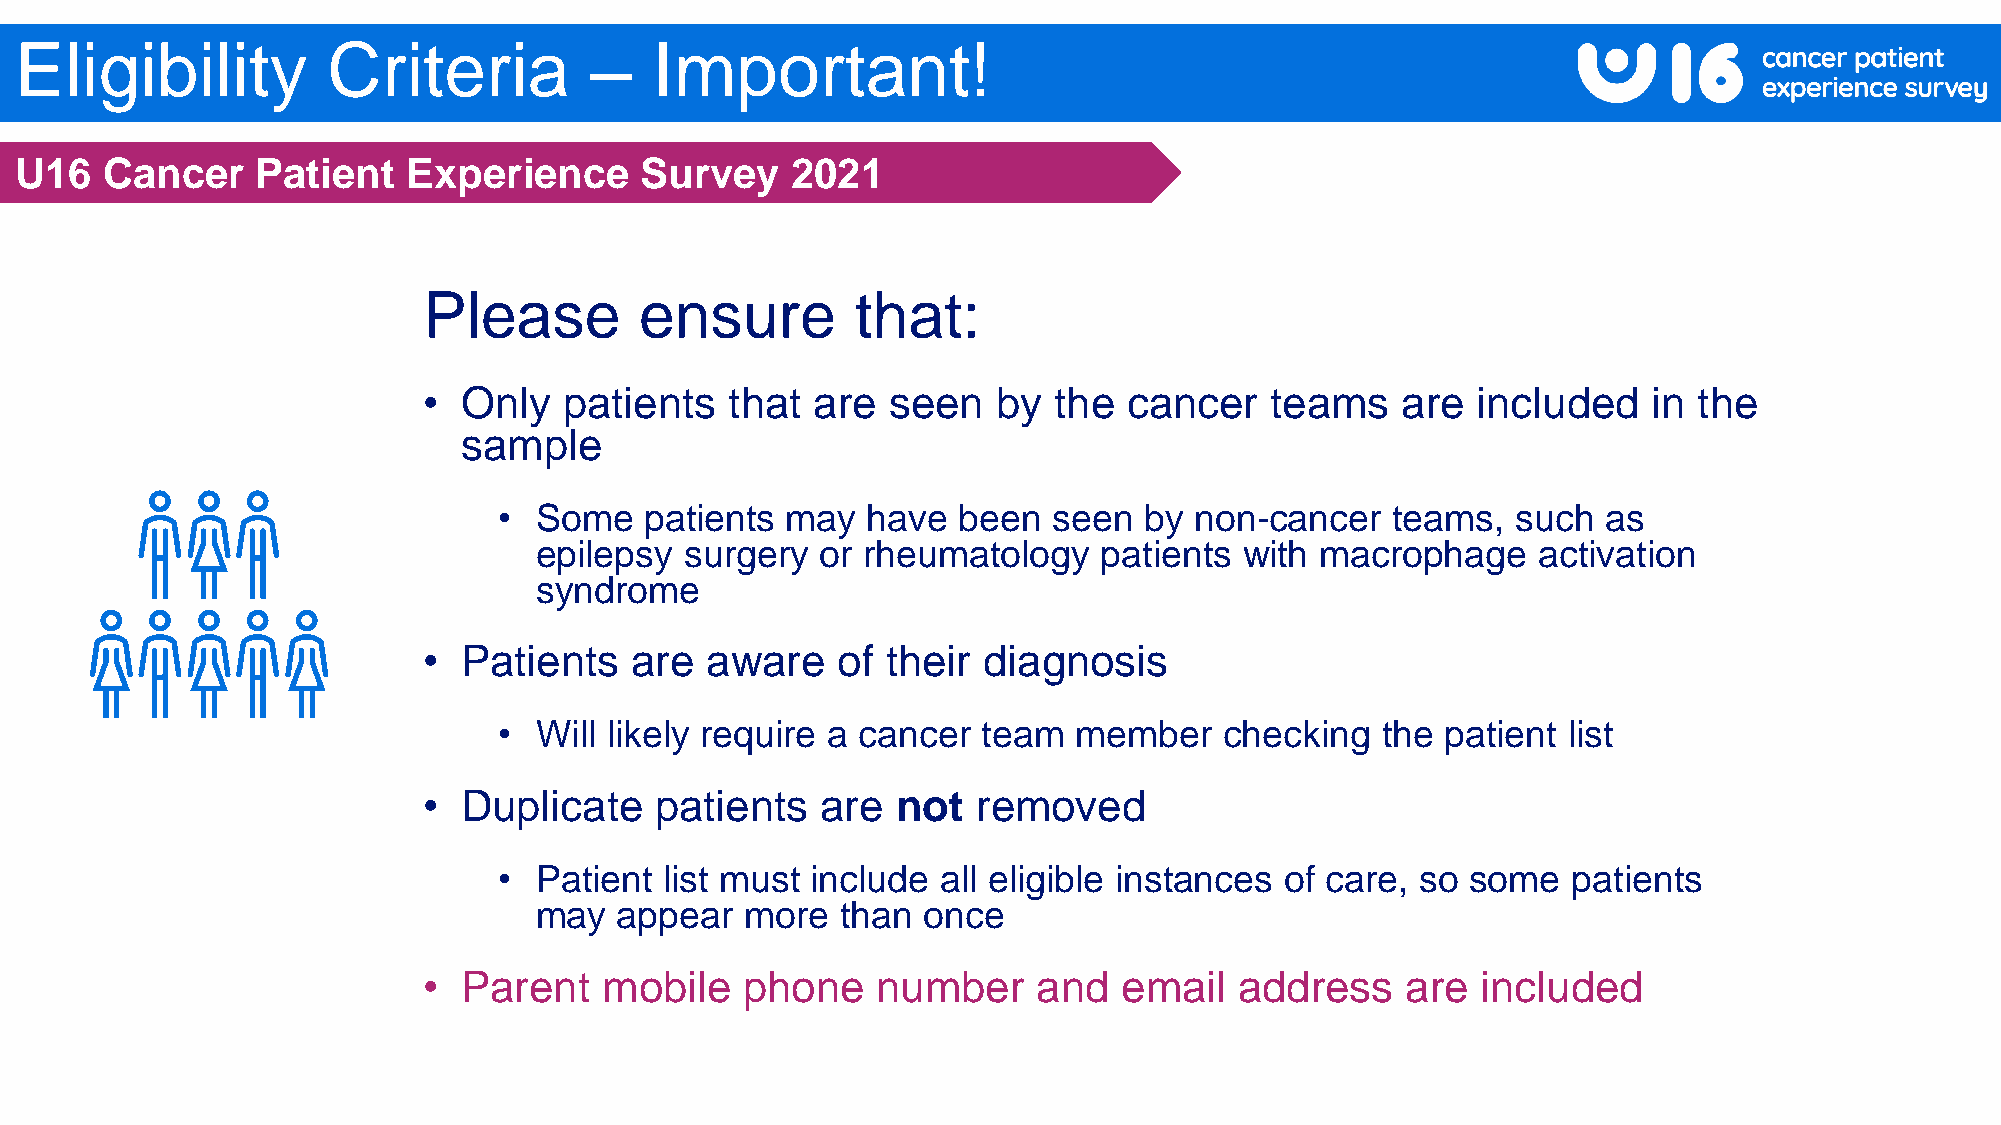
Eligibility          Criteria         –   Important!
 U16   Cancer    Patient   Experience     Survey    2021
 Please        ensure         that:
 •  Only  patients   that  are  seen   by  the  cancer   teams    are  included   in the
 sample
 • Some    patients may  have  been   seen  by non-cancer   teams,  such  as
 epilepsy  surgery  or rheumatology    patients with macrophage     activation
 syndrome
 •  Patients   are  aware   of  their diagnosis
 • Will likely require a cancer  team  member    checking  the  patient list
 •  Duplicate   patients   are  not   removed
 • Patient  list must include all eligible instances of care, so some   patients
 may   appear  more   than once
 •  Parent   mobile   phone    number     and  email   address    are  included